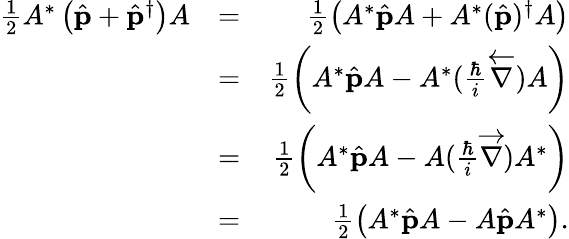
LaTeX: \begin{array}{rlr}{\frac{1}{2}A^{*}\left(\hat{{\mathbf p}}+\hat{{\mathbf p}}^{\dagger}\right)A}&{=}&{\frac{1}{2}\left(A^{*}\hat{{\mathbf p}}A+A^{*}(\hat{{\mathbf p}})^{\dagger}A\right)}\\ &{=}&{\frac{1}{2}\left(A^{*}\hat{{\mathbf p}}A-A^{*}(\frac{\hbar}{i}\overleftarrow{\nabla})A\right)}\\ &{=}&{\frac{1}{2}\left(A^{*}\hat{{\mathbf p}}A-A(\frac{\hbar}{i}\overrightarrow{\nabla})A^{*}\right)}\\ &{=}&{\frac{1}{2}\left(A^{*}\hat{{\mathbf p}}A-A\hat{{\mathbf p}}A^{*}\right).}\end{array}